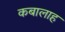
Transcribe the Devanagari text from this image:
कबालाह